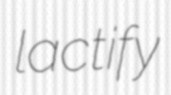
lactify